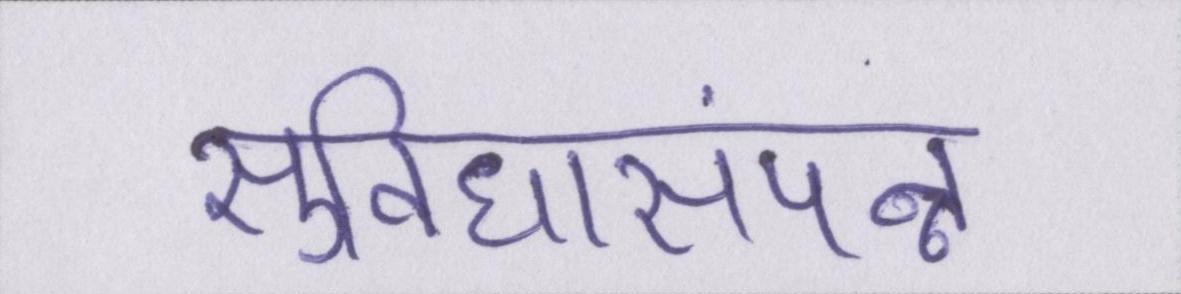
सुविधासंपन्न